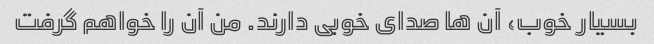
بسیار خوب، آن ها صدای خوبی دارند. من آن را خواهم گرفت